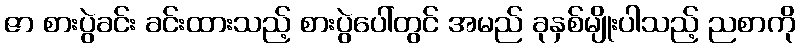
ဇာ စားပွဲခင်း ခင်းထားသည့် စားပွဲပေါ်တွင် အမည် ခုနှစ်မျိုးပါသည့် ညစာကို